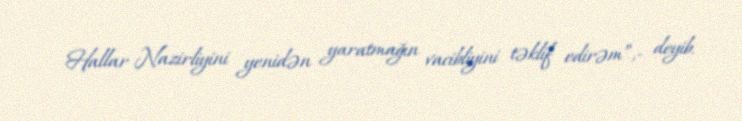
Hallar Nazirliyini yenidən yaratmağın vacibliyini təklif edirəm”,- deyib.